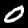
Label: 0